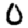
Digit: 0